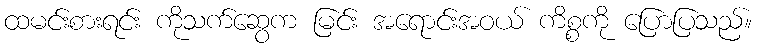
ထမင်းစားရင်း ကိုသက်ဆွေက မြင်း အရောင်းအဝယ် ကိစ္စကို ပြောပြသည်။